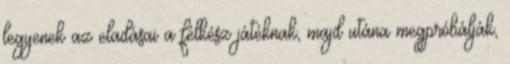
legyenek az eladásai a félkész játéknak, majd utána megpróbálják,